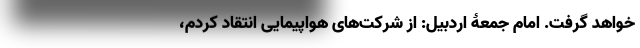
خواهد گرفت. امام جمعۀ اردبیل: از شرکت‌های هواپیمایی انتقاد کردم،